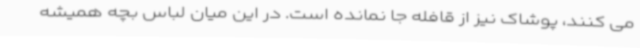
می کنند، پوشاک نیز از قافله جا نمانده است. در این میان لباس بچه همیشه